Vaccination in Bombay 1863-1868 - 1863-1868
Year: 1863
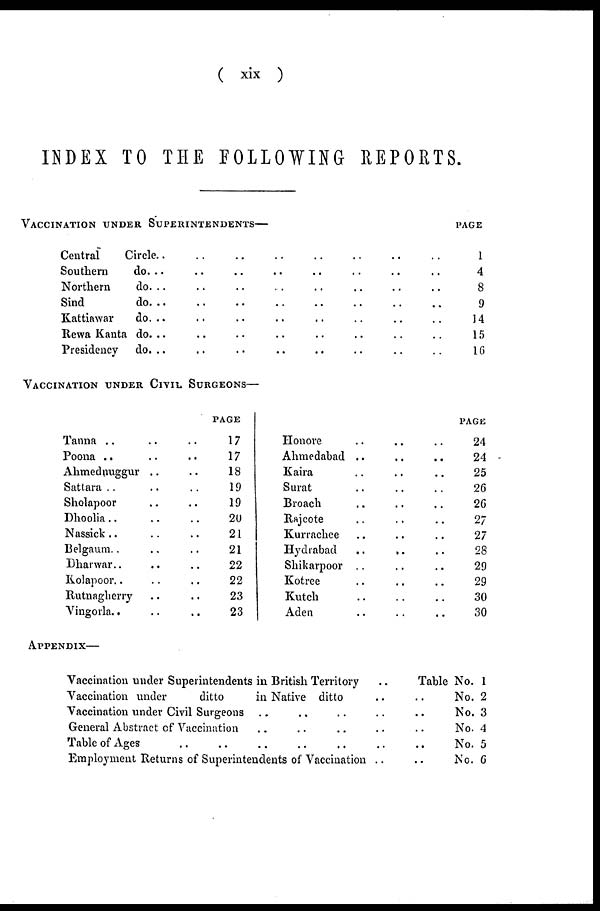
( xix )
INDEX TO THE FOLLOWING REPORTS.
VACCINATION UNDER SUPERINTENDENTS—
Central
Circle.. .. .. .. .. .. .. ..
Southern
do. .. .. .. .. .. .. .. ..
Northern
do. .. .. .. .. .. .. .. ..
Sind
do. .. .. .. .. .. .. .. .. .. .. ..
Kattiawar
do. .. .. .. .. .. .. .. ..
Rewa Kanta do. .. .. .. .. .. .. .. ..
Presidency
do. .. .. .. .. .. .. .. ..
PAGE
1
4
8
9
14
15
16
VACCINATION UNDER CIVIL SURGEONS—
Tanna .. .. ..
Poona .. .. ..
Ahmednuggur .. ..
Sattara .. .. ..
Sholapoor .. ..
Dhoolia .. .. ..
Nassick .. .. ..
Belgaum.. .. ..
Dharwar .. .. ..
Kolapoor.. .. ..
Rutnagherry .. ..
Vingorla.. .. ..
PAGE
17
17
18
19
19
20
21
21
22
22
23
23
Honore .. .. ..
Ahmedabad
Kaira .. .. ..
Surat .. .. ..
Broach .. .. ..
Rajcote .. .. ..
Kurrachee .. .. ..
Hydrabad
..
.. ..
Shikarpoor .. .. ..
Kotree .. .. ..
Kutch
..
..
..
Aden .. .. ..
PAGE
24
24
25
26
26
27
27
28
29
29
30
30
APPENDIX—
Vaccination under Superintendents in British Territory ..
Vaccination under
ditto
in Native ditto .. ..
Vaccination under Civil Surgeons .. .. .. .. ..
General Abstract of Vaccination .. .. .. .. ..
Table of Ages
..
..
..
..
..
..
Employment Returns of Superintendents of Vaccination ..
Table No. 1
No. 2
No. 3
No. 4
No. 5
No. 6